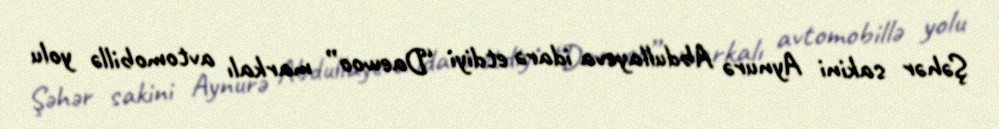
Şəhər sakini Aynurə Abdullayeva idarə etdiyi “Daewoo” markalı avtomobillə yolu